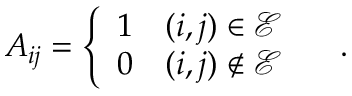
A _ { i j } = \left\{ \begin{array} { l l } { 1 } & { ( i , j ) \in \mathcal { E } } \\ { 0 } & { ( i , j ) \notin \mathcal { E } } \end{array} \right. \quad .